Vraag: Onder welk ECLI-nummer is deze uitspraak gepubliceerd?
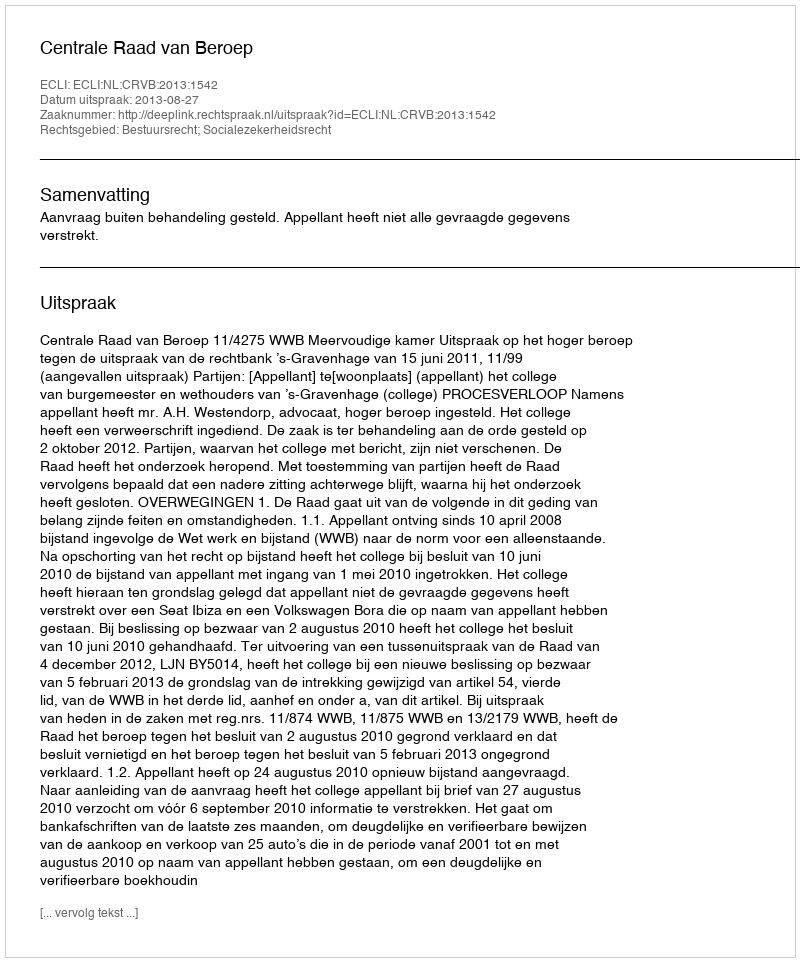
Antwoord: ECLI:NL:CRVB:2013:1542